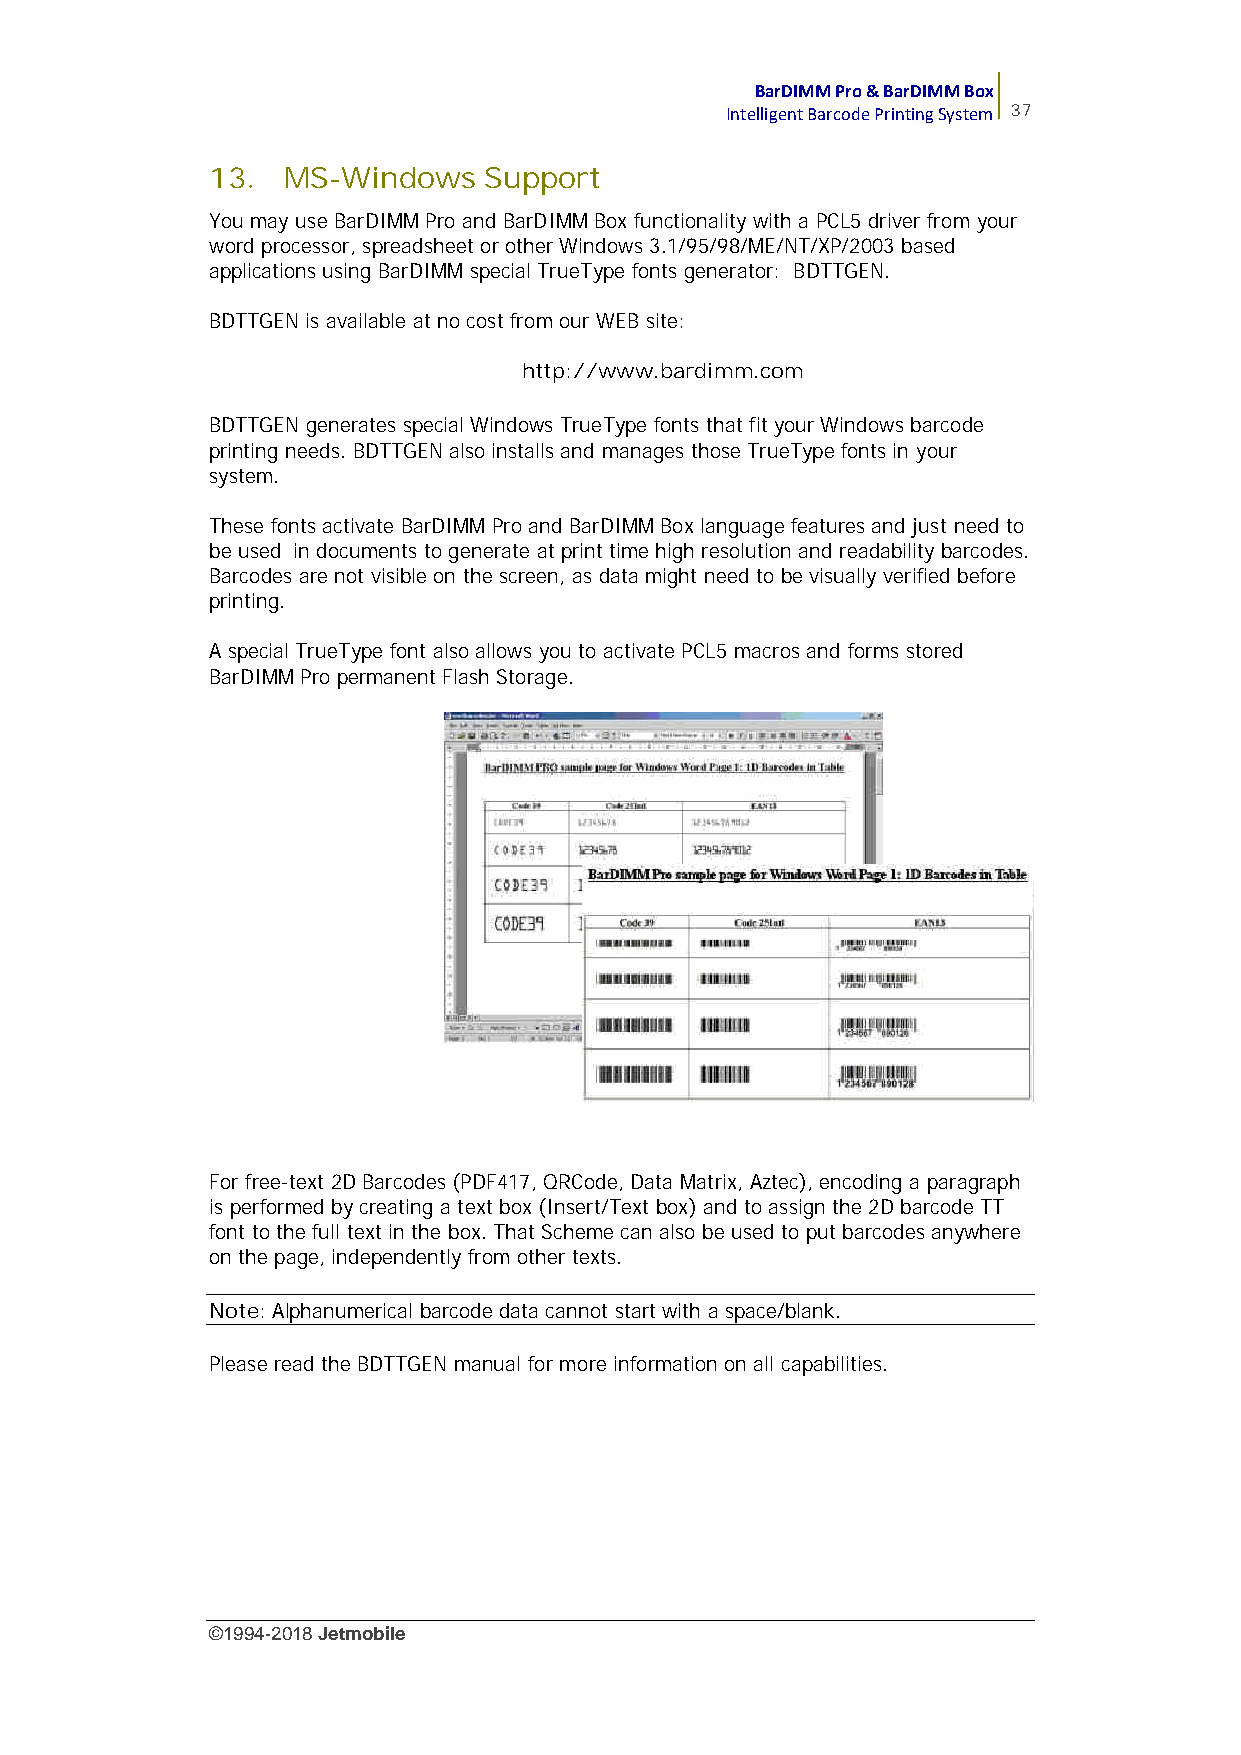
BarDIMM Pro & BarDIMM Box
 Intelligent Barcode Printing System 37
 13.  MS-Windows   Support
 You may use BarDIMM Pro and BarDIMM Box functionality with a PCL5 driver from your
 word processor, spreadsheet or other Windows 3.1/95/98/ME/NT/XP/2003 based
 applications using BarDIMM special TrueType fonts generator: BDTTGEN.
 BDTTGEN is available at no cost from our WEB site:
 http://www.bardimm.com
 BDTTGEN generates special Windows TrueType fonts that fit your Windows barcode
 printing needs. BDTTGEN also installs and manages those TrueType fonts in your
 system.
 These fonts activate BarDIMM Pro and BarDIMM Box language features and just need to
 be used in documents to generate at print time high resolution and readability barcodes.
 Barcodes are not visible on the screen, as data might need to be visually verified before
 printing.
 A special TrueType font also allows you to activate PCL5 macros and forms stored
 BarDIMM Pro permanent Flash Storage.
 For free-text 2D Barcodes (PDF417, QRCode, Data Matrix, Aztec), encoding a paragraph
 is performed by creating a text box (Insert/Text box) and to assign the 2D barcode TT
 font to the full text in the box. That Scheme can also be used to put barcodes anywhere
 on the page, independently from other texts.
 Note:Alphanumerical barcode data cannot start with a space/blank.
 Please read the BDTTGEN manual for more information on all capabilities.
 ©1994-2018Jetmobile
 E
 r
 r
 o